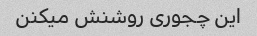
این چجوری روشنش میکنن